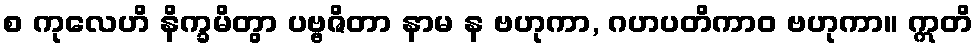
စ ကုလေဟိ နိက္ခမိတွာ ပဗ္ဗဇိတာ နာမ န ဗဟုကာ, ဂဟပတိကာဝ ဗဟုကာ။ ဣတိ